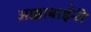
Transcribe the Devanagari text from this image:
अक्काबाईंनी